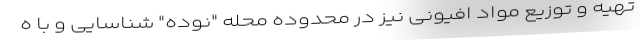
تهیه و توزیع مواد افیونی نیز در محدوده محله "نوده" شناسایی و با ه